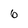
Character: 6